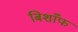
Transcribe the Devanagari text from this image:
बिशाँफ